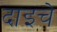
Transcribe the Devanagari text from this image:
दाइचे